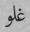
غلو